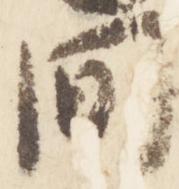
間